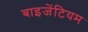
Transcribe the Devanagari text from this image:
बाइजेंटियम